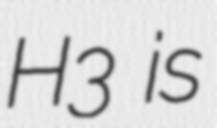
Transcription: H3 is